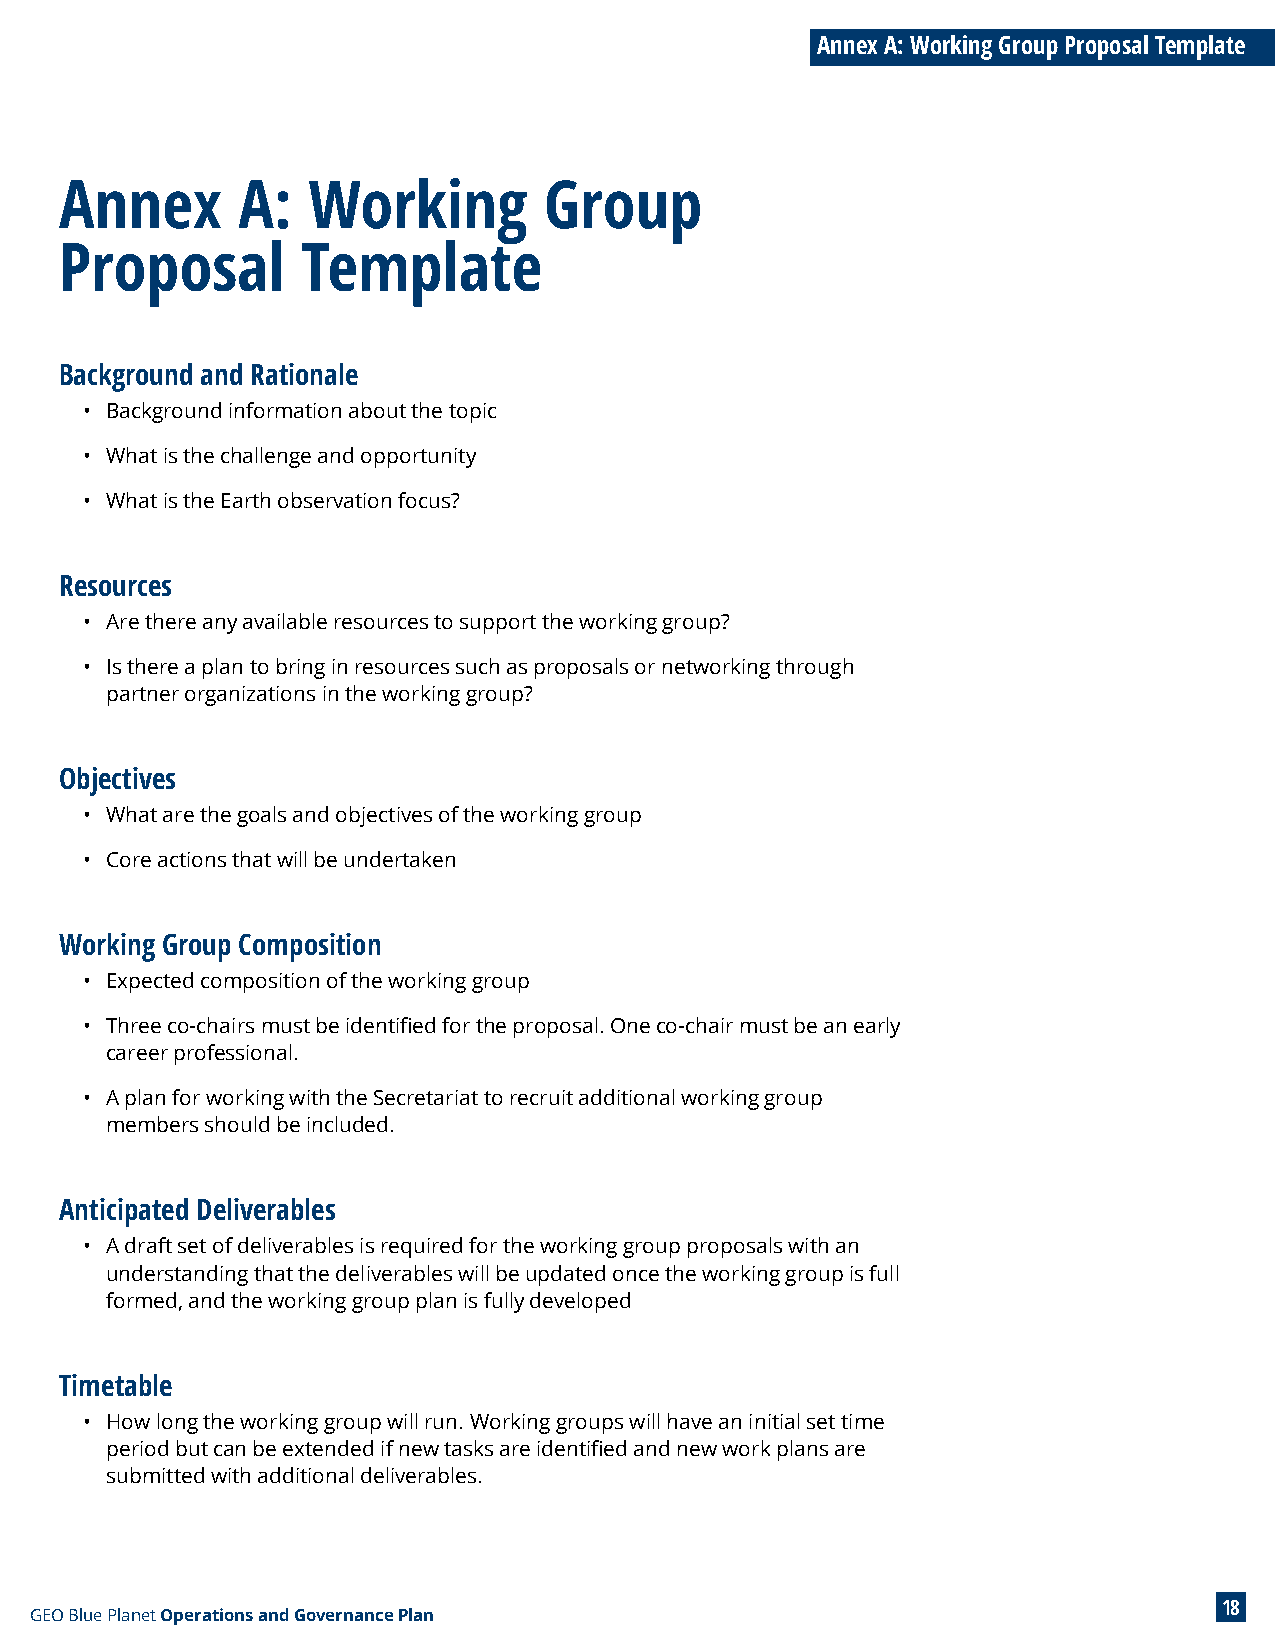
Annex A: Working Group Proposal Template
 Annex       A:  Working         Group
 Proposal        Template
 Background and Rationale
 • Background information about the topic
 • What is the challenge and opportunity
 • What is the Earth observation focus?
 Resources
 • Are there any available resources to support the working group?
 • Is there a plan to bring in resources such as proposals or networking through
 partner organizations in the working group?
 Objectives
 • What are the goals and objectives of the working group
 • Core actions that will be undertaken
 Working Group Composition
 • Expected composition of the working group
 • Three co-chairs must be identified for the proposal. One co-chair must be an early
 career professional.
 • A plan for working with the Secretariat to recruit additional working group
 members should be included.
 Anticipated Deliverables
 • A draft set of deliverables is required for the working group proposals with an
 understanding that the deliverables will be updated once the working group is full
 formed, and the working group plan is fully developed
 Timetable
 • How long the working group will run. Working groups will have an initial set time
 period but can be extended if new tasks are identified and new work plans are
 submitted with additional deliverables.
 18
 GEO Blue Planet Operations and Governance Plan